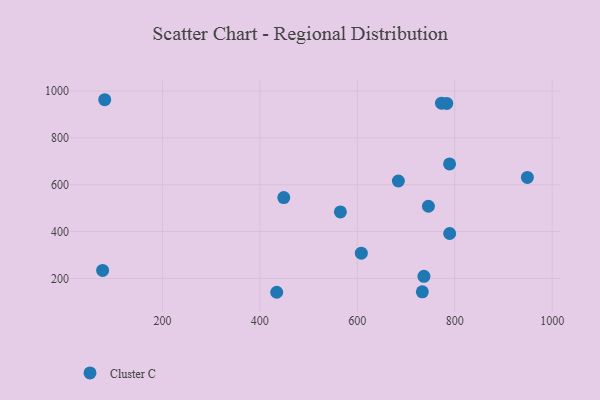
{"axis": {"x": "Engine Size", "y": "Profit"}, "legend": ["Cluster C"], "data": [{"x": "565.3", "y": 483.8, "type": "Cluster C"}, {"x": "608.3", "y": 307.7, "type": "Cluster C"}, {"x": "746.0", "y": 508.1, "type": "Cluster C"}, {"x": "684.3", "y": 615.9, "type": "Cluster C"}, {"x": "434.6", "y": 140.7, "type": "Cluster C"}, {"x": "783.6", "y": 947.2, "type": "Cluster C"}, {"x": "789.4", "y": 689.0, "type": "Cluster C"}, {"x": "81.6", "y": 963.1, "type": "Cluster C"}, {"x": "772.8", "y": 948.2, "type": "Cluster C"}, {"x": "77.3", "y": 234.0, "type": "Cluster C"}, {"x": "449.1", "y": 545.3, "type": "Cluster C"}, {"x": "949.1", "y": 631.1, "type": "Cluster C"}, {"x": "789.6", "y": 391.8, "type": "Cluster C"}, {"x": "733.5", "y": 142.6, "type": "Cluster C"}, {"x": "736.8", "y": 209.0, "type": "Cluster C"}]}